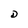
Character: D